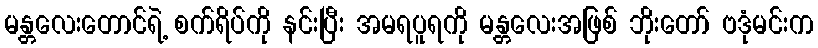
မန္တလေးတောင်ရဲ့ စက်ရိပ်ကို နင်းပြီး အမရပူရကို မန္တလေးအဖြစ် ဘိုးတော် ဗဒုံမင်းက